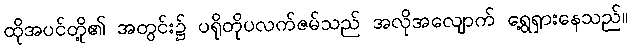
ထိုအပင်တို့၏ အတွင်း၌ ပရိုတိုပလက်ဇမ်သည် အလိုအလျောက် ရွေ့ရှားနေသည်။